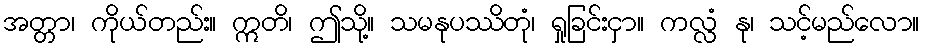
အတ္တာ၊ ကိုယ်တည်း။ ဣတိ၊ ဤသို့။ သမနုပဿိတုံ၊ ရှုခြင်းငှာ။ ကလ္လံ နု၊ သင့်မည်လော။